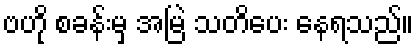
ဗဟို စခန်းမှ အမြဲ သတိပေး နေရသည်။